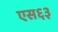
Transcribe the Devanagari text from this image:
एस६३